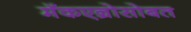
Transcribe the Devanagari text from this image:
मॅकएन्रोसोबत